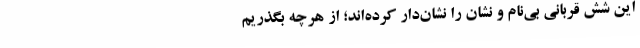
این شش قربانیِ بی‌نام و نشان را نشان‌دار کرده‌اند؛ از هرچه بگذریم